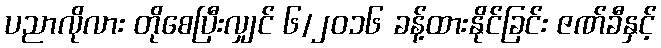
ပညာလိုလား တိုစေပြီးလျှင် ၆/၂၀၁၆ ခန့်ထားနိုင်ခြင်း ဇဏ်ခီနှင့်